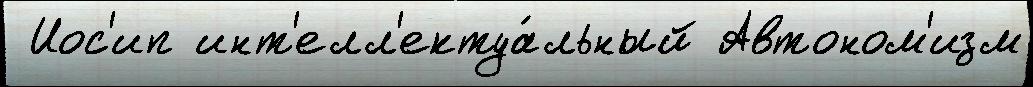
 Иос'ип инт'елл'ектуа́льный Автоном'изм